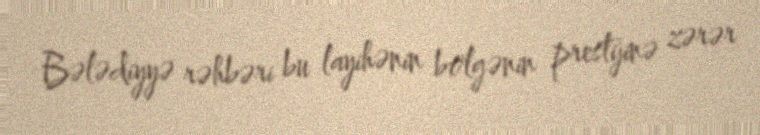
Bələdiyyə rəhbəri bu layihənin bölgənin prestijinə zərər